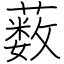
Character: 薮